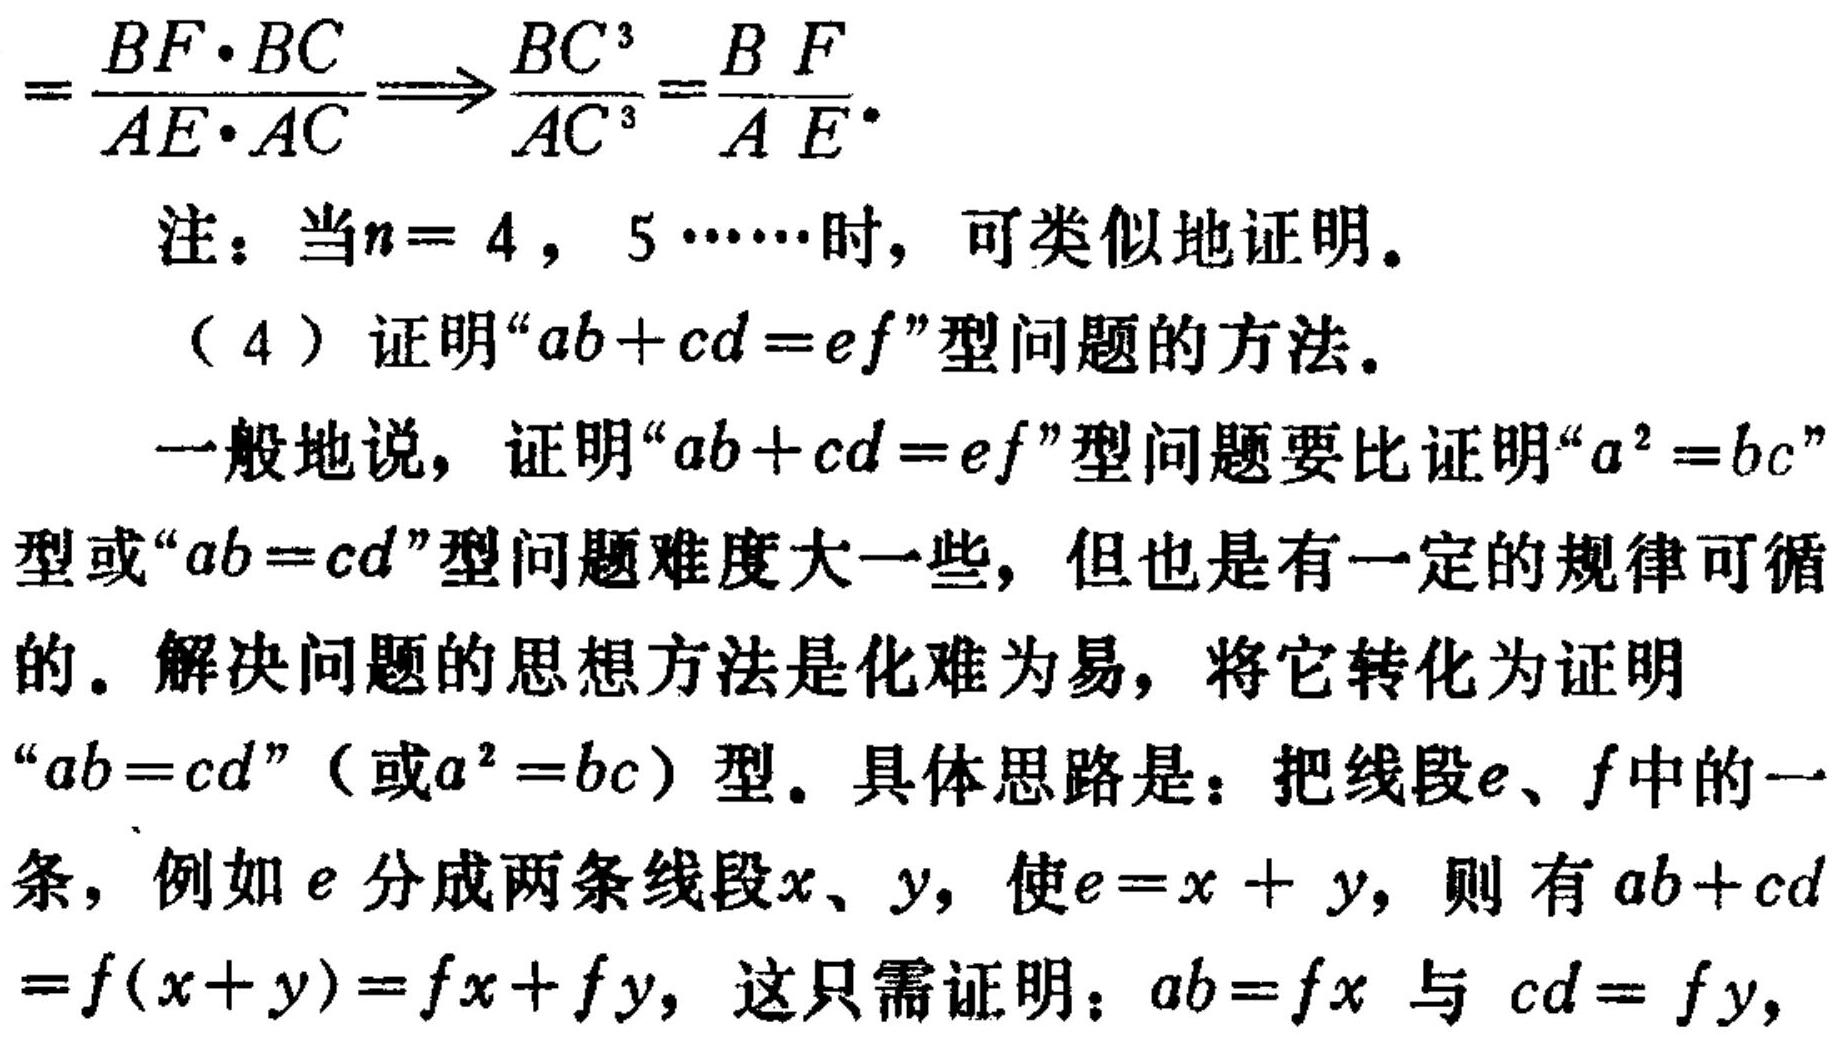
\[
=\frac{BF\cdot BC}{AE\cdot AC}\Longrightarrow\frac{BC^{3}}{AC^{3}}=\frac{BF}{AE}.
\]
注：当\(n = 4\)，\(5\cdots\cdots\)时，可类似地证明。
（4）证明“\(ab + cd=ef\)”型问题的方法。
一般地说，证明“\(ab + cd = ef\)”型问题要比证明“\(a^{2}=bc\)”型或“\(ab = cd\)”型问题难度大一些，但也是有一定的规律可循的。解决问题的思想方法是化难为易，将它转化为证明“\(ab = cd\)”（或\(a^{2}=bc\)）型。具体思路是：把线段\(e\)、\(f\)中的一条，例如\(e\)分成两条线段\(x\)、\(y\)，使\(e=x + y\)，则有\(ab + cd=f(x + y)=fx+fy\)，这只需证明：\(ab = fx\)与 \(cd = fy\)，